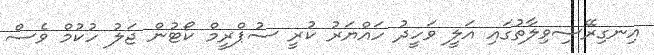
އިނގިރޭސިވިލާތުގައި އަލީ ވަހީދު ހައްޔަރު ކުރީ ސުޕްރީމް ކޯޓުން ޖަލު ހުކުމް ވެސް